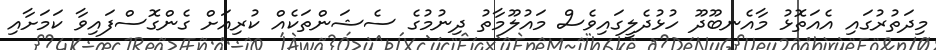
މިދަތުރުގައި އެއަތޮޅު މާއެނބޫދޫ ހުޅުދެލީގައިވެސް މައުލޫމާތު ދިނުމުގެ ސެޝަންތަކެއް ކުރިއަށް ގެންގޮސްފައިވާ ކަމަށާއި